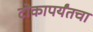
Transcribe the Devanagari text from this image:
टोकापर्यंतचा